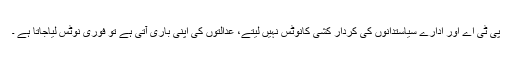
پی ٹی اے اور ادارے سیاستدانوں کی کردار کشی کانوٹس نہیں لیتے، عدالتوں کی اپنی باری آتی ہے تو فوری نوٹس لیاجاتا ہے ۔